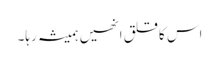
اس کا قلق انھیں ہمیشہ رہا۔